Annual report of the Bengal Veterinary College and of the Civil Veterinary Department, Bengal, for the year 1914-1915 - 1914-1915
Year: 1914
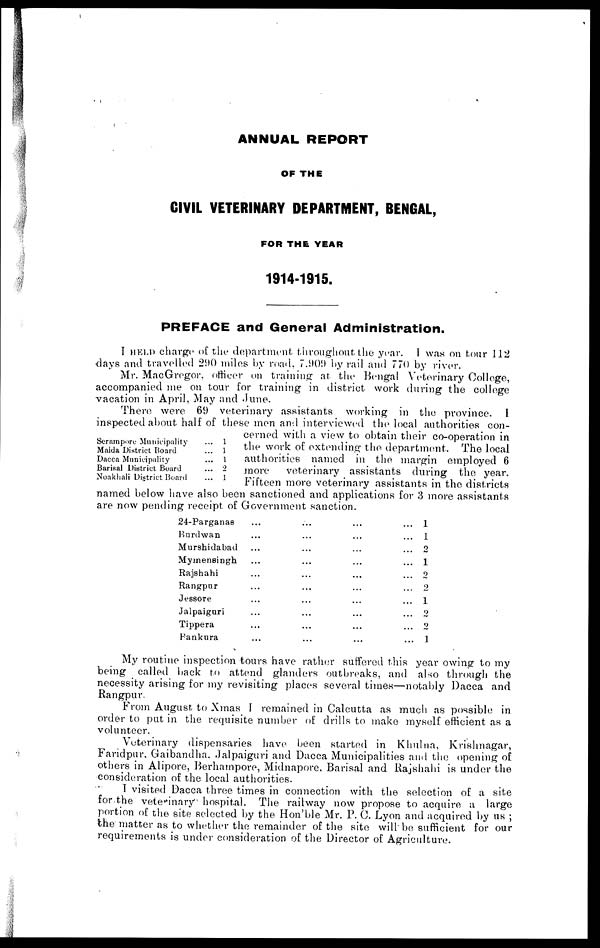
ANNUAL REPORT
OF THE
CIVIL VETERINARY DEPARTMENT, BENGAL,
FOR THE YEAR
1914-1915.
PREFACE and General Administration.
I HELD charge of the department throughout the year. I was on tour 112
days and travelled 290 miles by road, 7.909 by rail and 770 by river.
Mr. MacGregor, officer on training at the Bengal Veterinary College,
accompanied me on tour for training in district work during the college
vacation in April, May and June.
Serampore Municipality
Maida District Board
Dacca Municipality
Barisal District Board
Noakhali District Board
...
...
...
...
...
1
1
1
2
1
There were 69 veterinary assistants working in the province. I
inspected about half of these men and interviewed the local authorities con-
cerned with a view to obtain their co-operation in
the work of extending the department. The local
authorities named in the margin employed 6
more
veterinary assistants during the year.
Fifteen more veterinary assistants in the districts
named below have also been sanctioned and applications for 3 more assistants
are now pending receipt of Government sanction.
24-Parganas
Burdwan
Murshidabad
Mymensingh
Rajshahi
Rangpur
Jessore
Jalpaiguri
Tippera
Bankura
...
...
...
...
...
...
...
...
...
...
...
...
...
...
...
...
...
...
...
...
...
...
...
...
...
...
...
...
...
...
...
...
...
...
...
...
...
...
...
...
1
1
2
1
0
2
1
2
2
1
My routine inspection tours have rather suffered this year owing to my
being called back to attend glanders outbreaks, and also through the
necessity arising for my revisiting places several times—notably Dacca and
Rangpur.
From August to Xmas 1 remained in Calcutta as much as possible in
order to put in the requisite number of drills to make myself efficient as a
volunteer.
Veterinary dispensaries have been started in Khulna, Krishnagar,
Faridpur, Gaibandha. Jalpaiguri and Dacca Municipalities and the opening of
others in Alipore, Berhampore, Midnapore, Barisal and Rajshahi is under the
consideration of the local authorities.
I visited Dacca three times in connection with the selection of a site
for the veterinary hospital. The railway now propose to acquire a large
portion of the site selected by the Hon'ble Mr. P. 0. Lyon and acquired by us ;
the matter as to whether the remainder of the site will" be sufficient for our
requirements is under consideration of the Director of Agriculture.